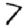
Digit: 7